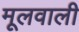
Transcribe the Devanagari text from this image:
मूलवाली